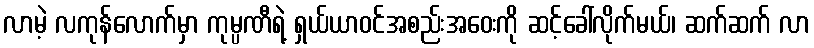
လာမဲ့ လကုန်လောက်မှာ ကုမ္ပဏီရဲ့ ရှယ်ယာဝင်အစည်းအဝေးကို ဆင့်ခေါ်လိုက်မယ်၊ ဆက်ဆက် လာ